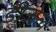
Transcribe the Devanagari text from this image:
डीजेल